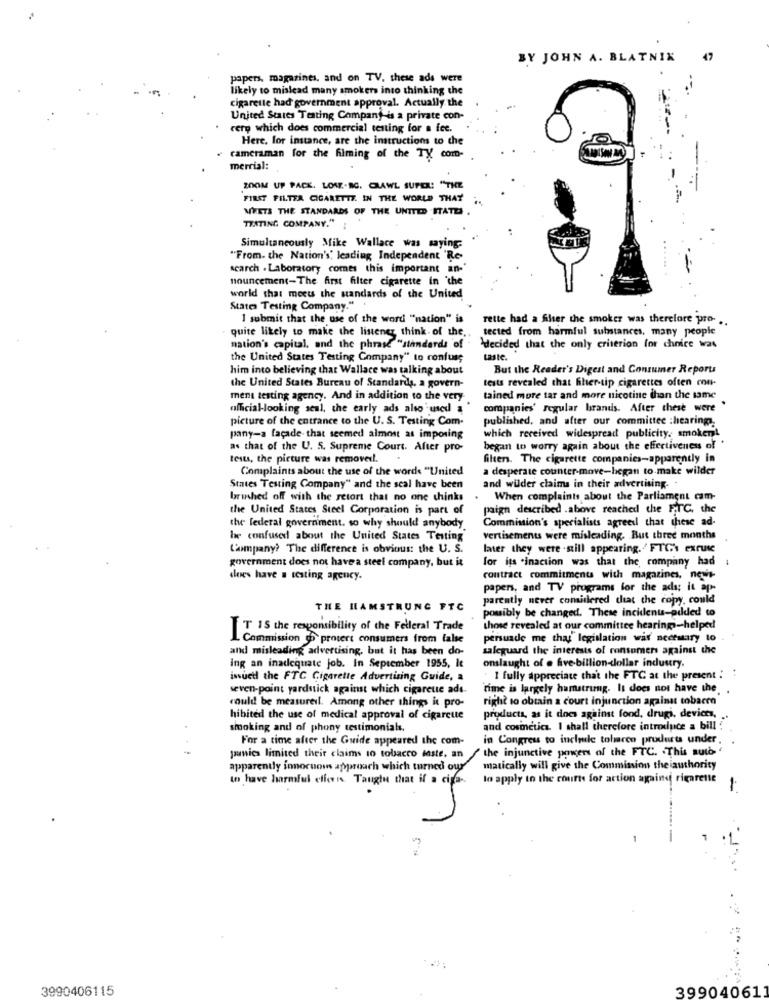
BY JOHN A. BLATNIK
47
papers, magazines, and on TV. these ads were
likely to mislead many smokers into thinking the
cigarette had government approval. Actually the
United States Testing Company is a private con-
rere which does commercial testing for a fee.
Here, for instance, are the instructions to the
cameraman for the filming of the TY com-
merrial:
200M UP PACK. LOW-BC. CRAWL SUPEL: "THE
FIRST FILTER CIGARETTE. IN THE WORLD THAT
MEETS THE STANDARDS OF THE UNITED STATES .
TEXTING COMPANY."
Simultaneously Mike Wallace was saying.
"From. the Nation's, leading Independent "Re
search . Laboratory comes this important an-'
....
nouncement-The first filter cigarette in the
world that meets the standards of the United
States Testing Company."
1 submit that the use of the word ""nation" is
rette had a filter the smoker was therefore pro- .
quite likely to make the listener think- of the ..
tected from harmful substances, many people
nation's capital, and the phrase "standards of
decided that the only criterion for choice was
the United States Testing Company" to confuse
him into believing that Wallace was talking about
But the Reader's Digest and Consumer Reports
tests revealed that hher-tip cigarettes often con-
the United States Bureau of Standards. a govern-
ment testing agency. And in addition to the very
tained more tar and more nicotine than the same
official-looking seal, the early ads also'used a
companies' regular brands. After these were "
picture of the entrance to the U. S. Testing Com-
published, and after our committee :hearing.
pany-a facade that seemed almost as imposing
which received widespread publicity, smokeml
as that of the U. S. Supreme Court. After pro-
began to worry again about the effectiveness of
tests, the picture was removed !.
filters. The cigarette companies-apparently in
Complaints about the use of the words "United
a desperate counter-move-began to make wilder
States Testing Company" and the seal have been
and wilder claims in their advertising.
brinhed off with the retort that no one thinks
When complaints about the Parliament cam-
the United States Steel Corporation is part of
paign described .above reached the FTC, the
Commission's specialists agreeil that these ad-
the federal government. so why should anybody
be confused about the United States Testing
vertisements were misleading. But three months
Company? The difference is obvious: the U. S.
later they were .still appearing. / FTG's excuse
for its .inaction was that the company had
government does not have a steel company, but it
does have . testing agency.
contract commitments with magazines, news
papers, and TV programs for the ads; it ap-
parently never considered that the copy, could
THE HAMSTRUNG FTC
possibly be changed. These incidenu-added to
T IS the responsibility of the Felleral Trade
those revealed at our committee hearingi-helped
1. Commission to protect consumers from talse
persuade me that legislation war necessary to
and misleading advertising, but it has been do-
salcguard the interests of consumers against the
onslaught of @ five-billion-dollar industry.
ing an inadequate job. In September 1955, It
issuetl the FTC Cigarette Advertising Guide, a
. I fully appreciate that the FTC at the present :
seven-point yardstick against which cigareue ade-
rime is largely hamstrung. It does not have the
could be measureil. Among other things it pro-
right to obtain a court injunction against tobarm
hibited the use of medical approval of cigarcute
products, as it does against fond, drugi, devices,
smoking and of phony testimonials.
and cosinctica. I shall therefore introduce a bill :
For a time after the Guide appeared the com-
in Congress to inclule tobacco products under
paunies limited their claims to tobacco laste, an " the injunctive powers of the FTC. . This auto '
apparently innocuous approach which turned our
matically will give the Commission the authority
to have harmful efferis Taught that if a ciga -.
to apply in the courts for action againd rigarene
1
5
3990406115
39904061